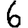
Digit: 6